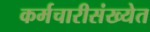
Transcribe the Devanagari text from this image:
कर्मचारीसंख्येत